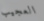
العجيب